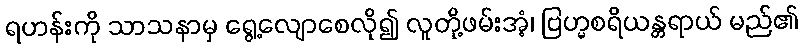
ရဟန်းကို သာသနာမှ ရွေ့လျောစေလို၍ လူတို့ဖမ်းအံ့၊ ဗြဟ္မစရိယန္တရာယ် မည်၏